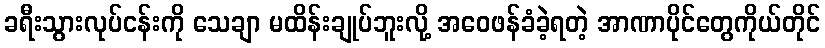
ခရီးသွားလုပ်ငန်းကို သေချာ မထိန်းချုပ်ဘူးလို့ အဝေဖန်ခံခဲ့ရတဲ့ အာဏာပိုင်တွေကိုယ်တိုင်